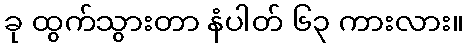
ခု ထွက်သွားတာ နံပါတ် ၆၃ ကားလား။